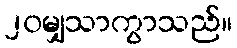
၂၀မျှသာကွာသည်။